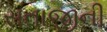
સતાજીની